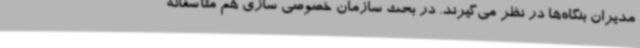
مدیران بنگاه‌ها در نظر می‌گیرند. در بحث سازمان خصوصی سازی هم متأسفانه